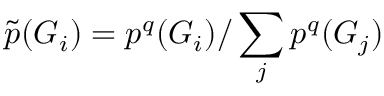
\tilde { p } ( G _ { i } ) = p ^ { q } ( G _ { i } ) / \sum _ { j } p ^ { q } ( G _ { j } )